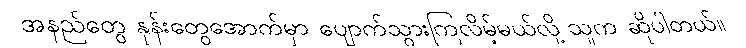
အနည်တွေ နုန်းတွေအောက်မှာ ပျောက်သွားကြလိမ့်မယ်လို့ သူက ဆိုပါတယ်။